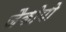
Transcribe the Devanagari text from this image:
जैकोपो